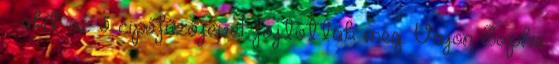
– akit az ő cipőfűzőjével fojtottak meg. Vajon Sophie